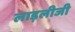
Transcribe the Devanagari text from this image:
लाड़लीजी